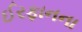
ઈરફાનના